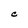
Character: C